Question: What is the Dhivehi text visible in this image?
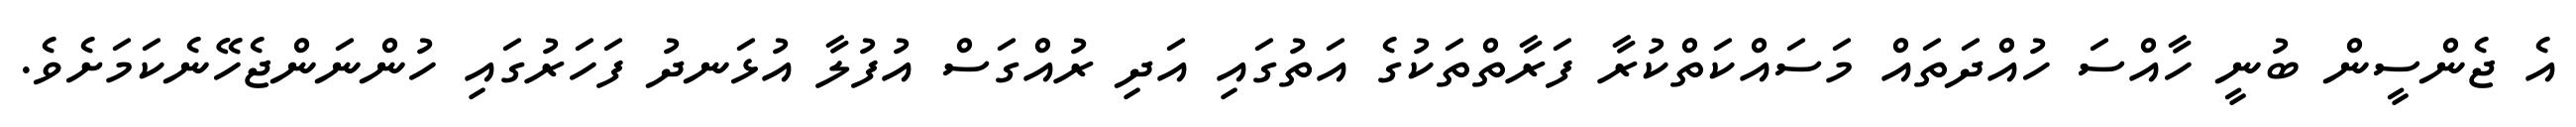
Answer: އެ ޖެންސީން ބުނީ ހާއްސަ ހުއްދަތައް މަސައްކަތްކުރާ ފަރާތްތަކުގެ އަތުގައި އަދި ރުއްގަސް އުފުލާ އުޅަނދު ފަހަރުގައި ހުންނަންޖެހޭނެކަމަށެވެ.